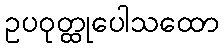
ဥပဝုတ္ထုပေါသထော